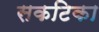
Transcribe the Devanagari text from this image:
सकटिका